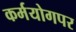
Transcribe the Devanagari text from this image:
कर्मयोगपर